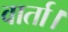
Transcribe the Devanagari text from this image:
वार्ता।